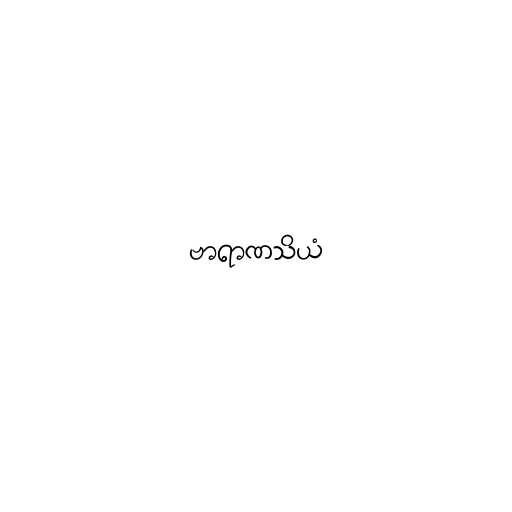
ဗာရာဏသိယံ